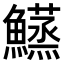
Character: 𬵴